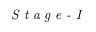
\textit { S t a g e - I }